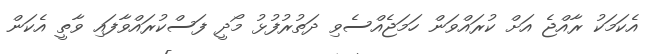
އެކަމަކު ރާއްޖެ އަށް ކުރައްވަން ހަމަޖެއްސެވި ދަތުރުފުޅު މޯދީ ފަސްކުރައްވާފައި ވާތީ އެކަން